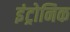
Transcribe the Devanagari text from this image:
इंट्रोनिक